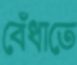
বেঁধাতে